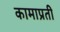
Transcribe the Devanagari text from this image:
कामाप्रती